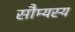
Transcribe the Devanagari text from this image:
सौम्यस्य